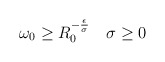
\begin{align*} \begin{aligned} \omega_0 \geq R_0^{-\frac{\epsilon}{\sigma}} ~~~\sigma \geq 0 \end{aligned} \end{align*}